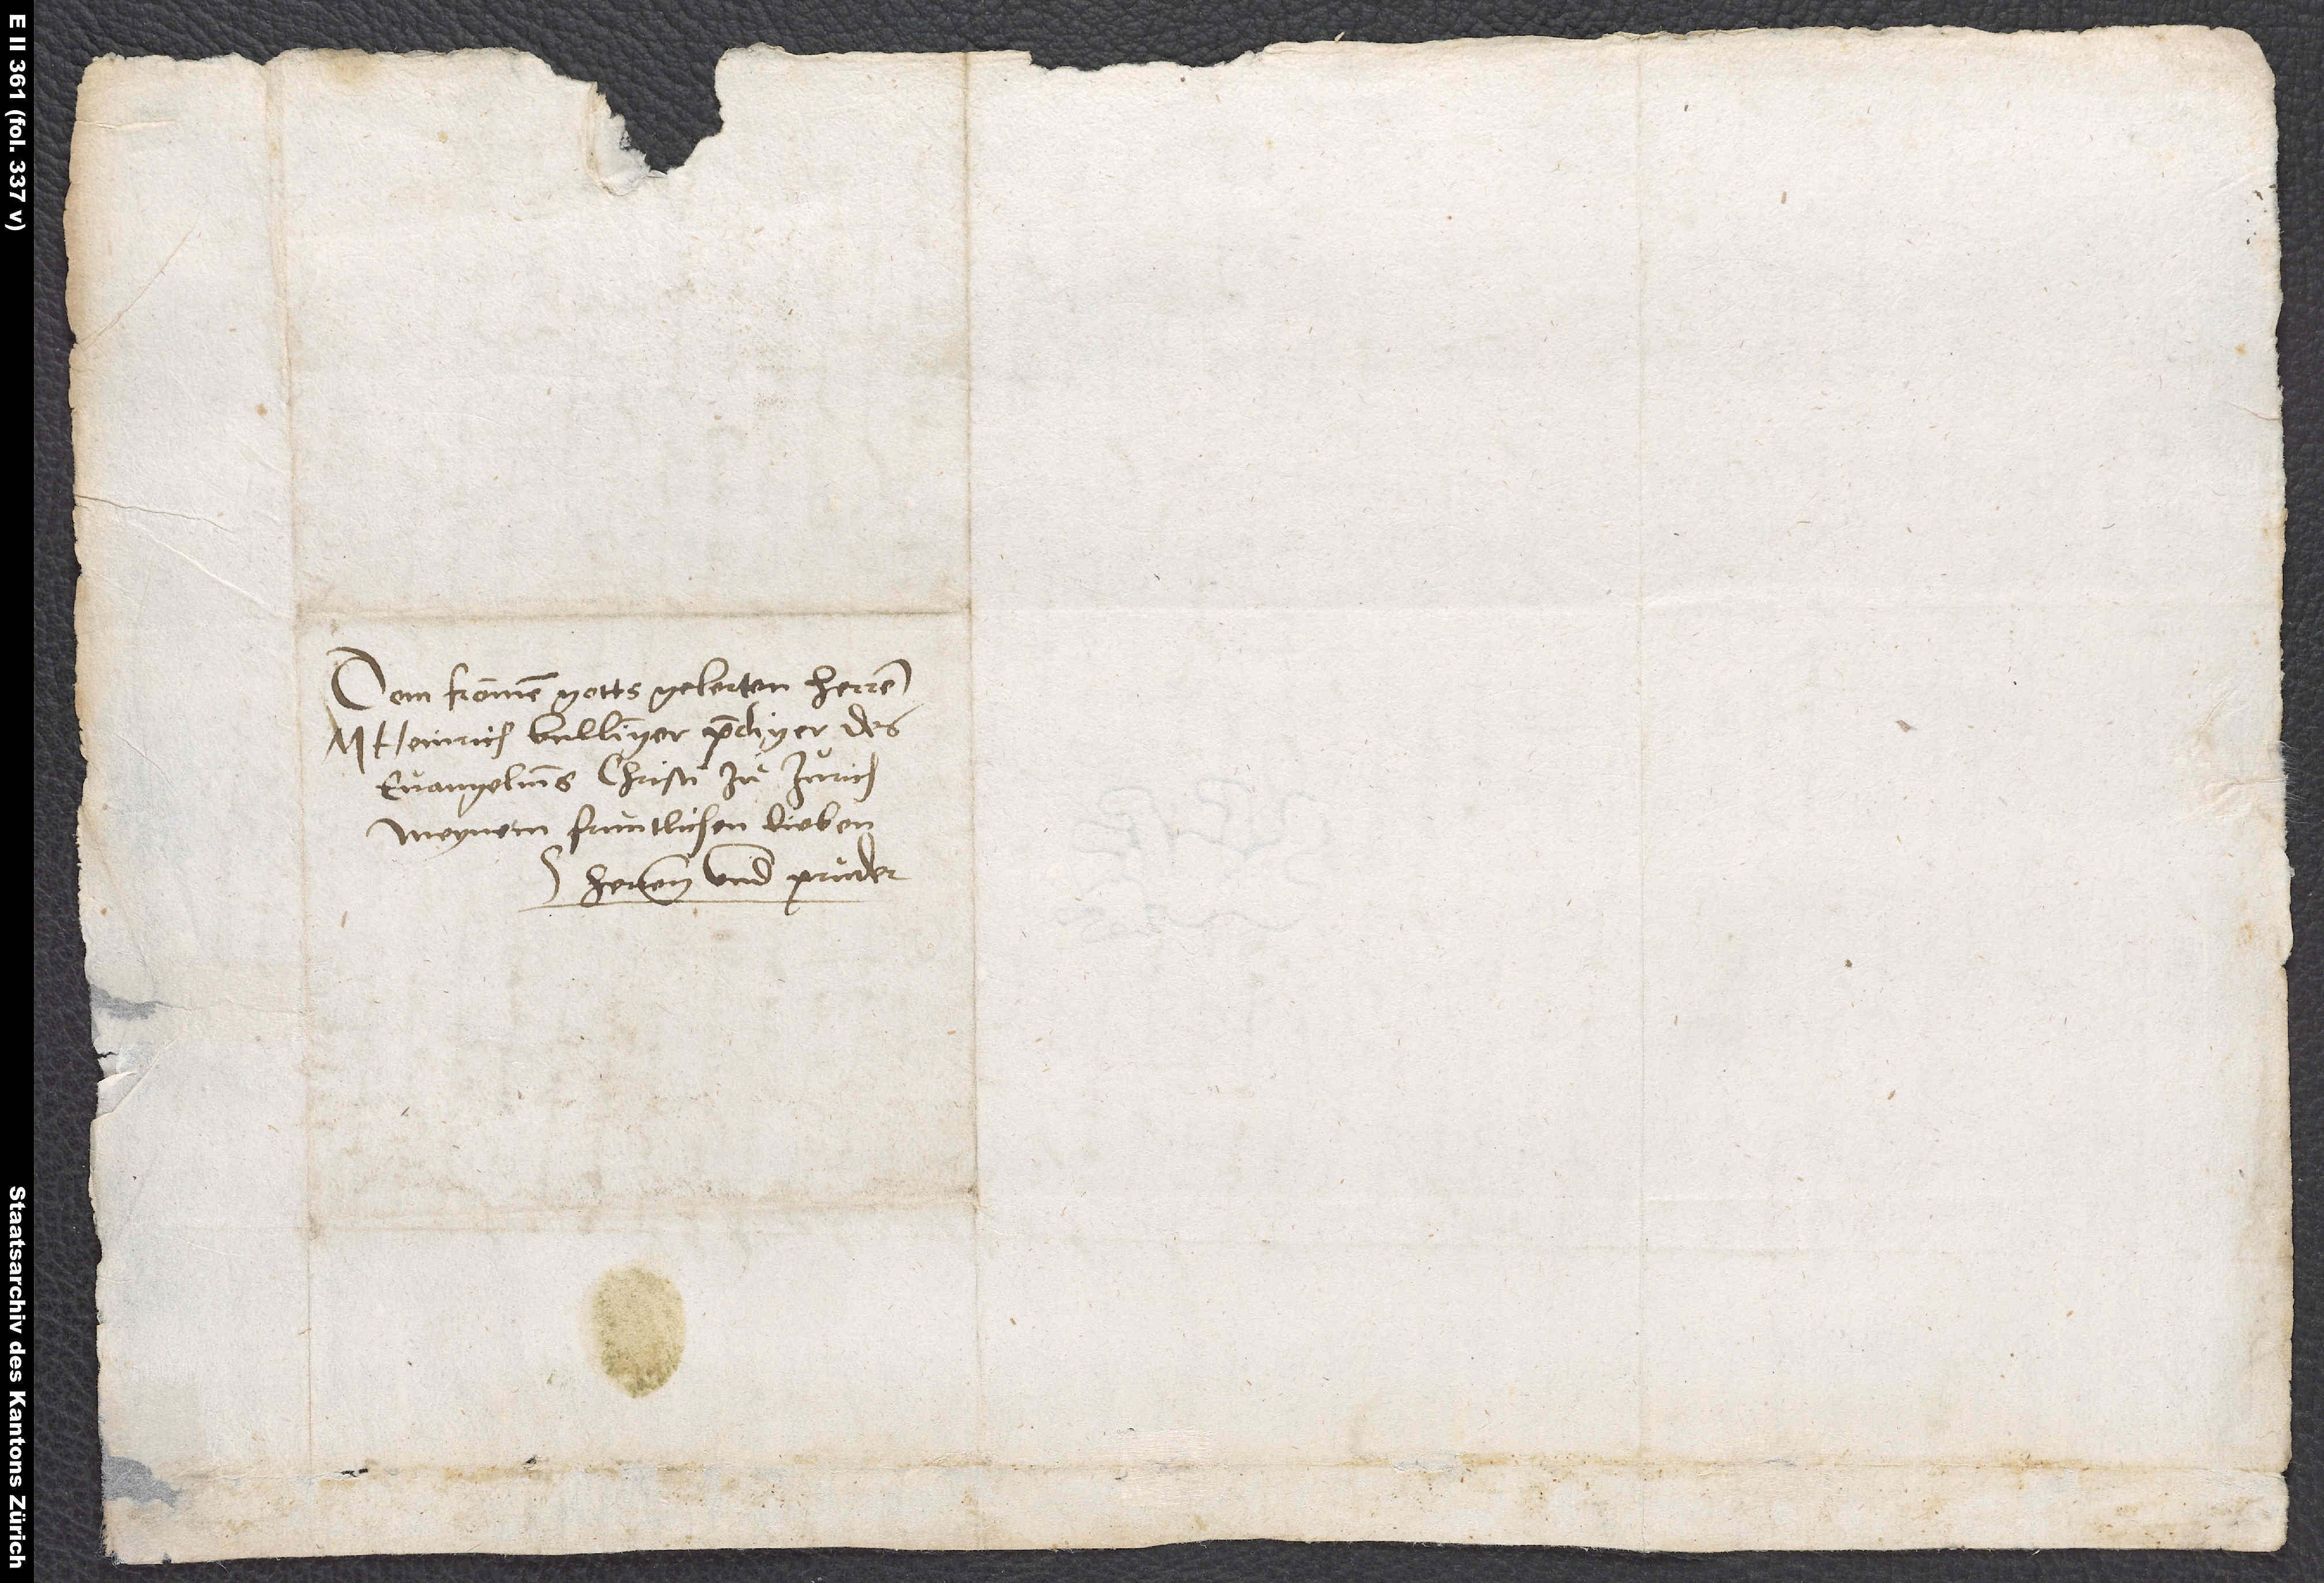
S.

Dem frommen gottsgelerten herren
m. Heinrich Bullinger, prediger des
evangeliums Christi zu Zurich,
meynem fruntlichen, lieben